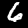
Label: 6